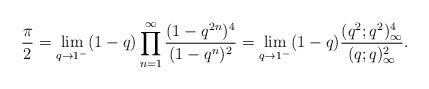
LaTeX: \begin{align*}\dfrac{\pi}{2}=\lim_{q\rightarrow 1^-}(1-q)\prod_{n=1}^\infty\dfrac{(1-q^{2n})^4}{(1-q^n)^2}=\lim_{q\rightarrow 1^-}(1-q)\dfrac{(q^2;q^2)_\infty^4}{(q;q)_\infty^2}. \end{align*}